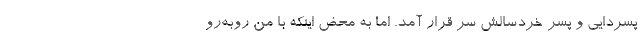
پسردایی و پسر خردسالش سر قرار آمد. اما به محض اینکه با من روبه‌رو